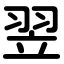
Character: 翌